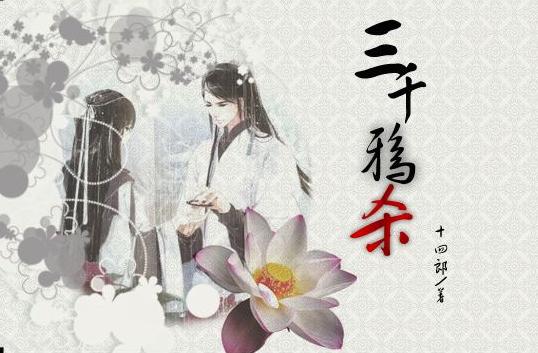
三千年事残鸦外，无言倦凭秋树。